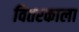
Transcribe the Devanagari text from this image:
वितरकाला